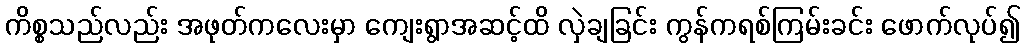
ကိစ္စသည်လည်း အဖုတ်ကလေးမှာ ကျေးရွာအဆင့်ထိ လှဲချခြင်း ကွန်ကရစ်ကြမ်းခင်း ဖောက်လုပ်၍